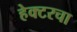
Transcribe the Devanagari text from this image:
हेक्टरचा